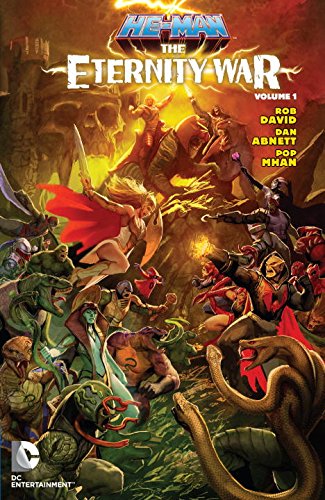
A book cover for He-Man: The Eternity War Vol. 1; Dan Abnett; Comics & Graphic Novels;